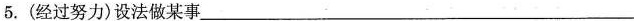
5.(经过努力)设法做某事____